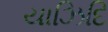
યાઝિદિ